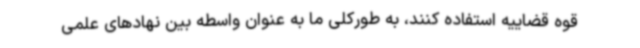
قوه قضاییه استفاده کنند، به طورکلی ما به عنوان واسطه بین نهادهای علمی